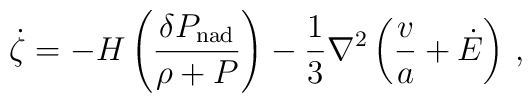
\dot\zeta = - H \left({\delta P_{\rm nad} \over \rho+P}\right) -{1\over3}  \nabla^2\left({v\over a}+\dot{E}\right) \, ,